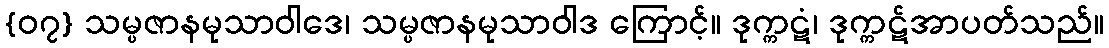
{၀၇} သမ္ပဇာနမုသာဝါဒေ၊ သမ္ပဇာနမုသာဝါဒ ကြောင့်။ ဒုက္ကဋံ၊ ဒုက္ကဋ်အာပတ်သည်။